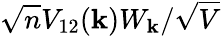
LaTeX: \sqrt{n}V_{12}(\mathbf{k})W_{\mathbf{k}}/\sqrt{V}